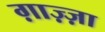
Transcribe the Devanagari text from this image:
ग़ाज़्ज़ा